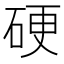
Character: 硬